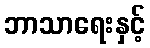
ဘာသာရေးနှင့်